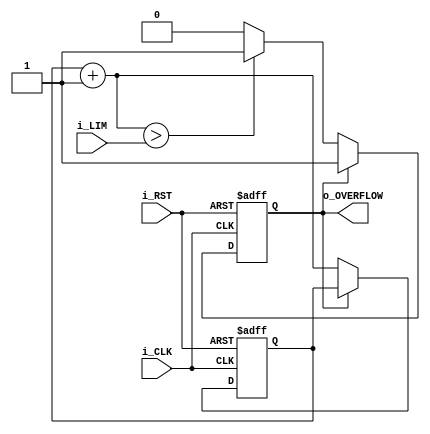
//
module counter_overflow
#(parameter COUNTER_BITS=32) //
(
    input i_CLK, //
    input [COUNTER_BITS-1:0] i_LIM, //
    input i_RST, //
    output reg o_OVERFLOW //
);
    reg [COUNTER_BITS-1:0] c;
    initial begin
        c=0; //clear
        o_OVERFLOW=0;
    end
    always @(posedge i_CLK or posedge i_RST) begin
        //
        if(i_RST == 1) begin
            c<=0;
            o_OVERFLOW<=0;
        end
        else begin
            if(o_OVERFLOW==0) begin
                c=c+1;
                if(c>i_LIM) begin
                    o_OVERFLOW<=1;
                end
                else begin
                    o_OVERFLOW<=0;
                end
            end
            // else begin
            //     c<={COUNTER_BITS{1'bz}};
            // end
        end
    end
endmodule